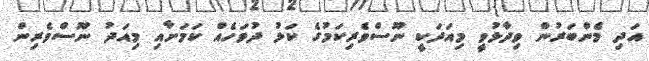
އަދި މެންބަރުން ވިދާޅުވީ މިއަދަކީ ނޫސްވެރިކަމުގެ ކަޅު ދުވަހެއް ކަމަށާއި މިއަދު ނޫސްވެރިން